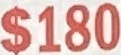
$180